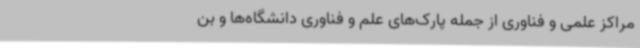
مراکز علمی و فناوری از جمله پارک‌های علم و فناوری دانشگاه‌ها و بن